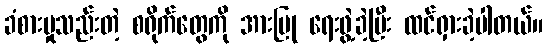
ခံစားမှုသည်းတဲ့ စရိုက်တွေကို အားပြု ရေးဖွဲ့ခဲ့ပြီး ထင်ရှားခဲ့ပါတယ်။